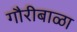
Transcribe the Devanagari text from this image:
गौरीबाळा